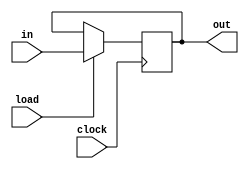
`ifndef _hbit_h_
`define _hbit_h_

`timescale 1ns / 1ps
//////////////////////////////////////////////////////////////////////////////////
// Company: 
// Engineer: 
// 
// Design Name: 
// Module Name:    hBit 
// Project Name: 
// Target Devices: 
// Tool versions: 
// Description: 
//
// Dependencies: 
//
// Revision: 
// Revision 0.01 - File Created
// Additional Comments: 
//
//////////////////////////////////////////////////////////////////////////////////
module hBit(
    input in,
    input load,
	 input clock,
    output out
    );

	reg dff;
	wire dff_next;
	
	always @(posedge clock) begin
		if (load == 1) begin
			dff <= in;
		end else begin
			dff <= dff_next;
		end
	end
	
	assign dff_next = dff;
	assign out = dff;

endmodule

`endif